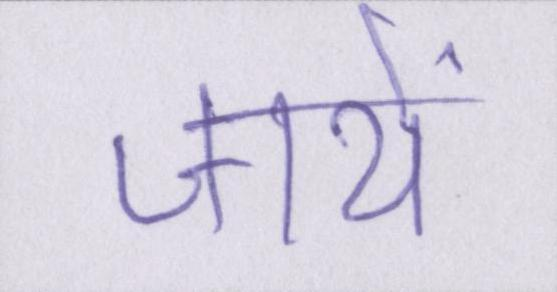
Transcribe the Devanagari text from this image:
जायें